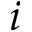
i